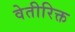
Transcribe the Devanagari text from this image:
वेतीरिक्त